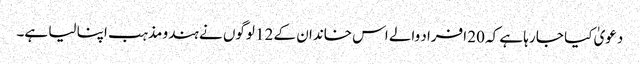
دعویٰ کیا جا رہا ہے کہ 20 افراد والے اس خاندان کے 12 لوگوں نے ہندو مذہب اپنا لیا ہے۔